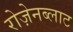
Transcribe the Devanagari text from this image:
रोज़ेनब्लाट